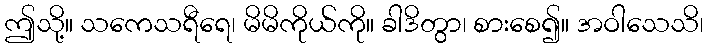
ဤသို့။ သကေသရီရေ၊ မိမိကိုယ်ကို။ ခါဒိတွာ၊ စားစေ၍။ အဝါသေသိ၊